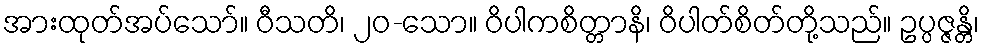
အားထုတ်အပ်သော်။ ဝီသတိ၊ ၂၀-သော။ ဝိပါကစိတ္တာနိ၊ ဝိပါတ်စိတ်တို့သည်။ ဥပ္ပဇ္ဇန္တိ၊